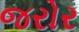
જરોર